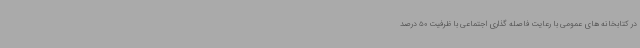
در کتابخانه های عمومی با رعایت فاصله گذاری اجتماعی با ظرفیت 50 درصد